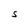
Character: S